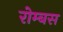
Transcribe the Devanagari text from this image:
रोम्बस